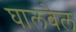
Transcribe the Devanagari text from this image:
घालवेल